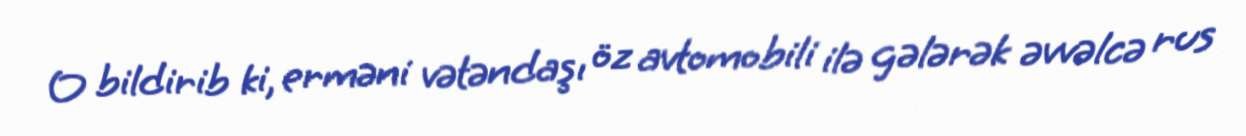
O bildirib ki, erməni vətəndaşı öz avtomobili ilə gələrək əvvəlcə rus